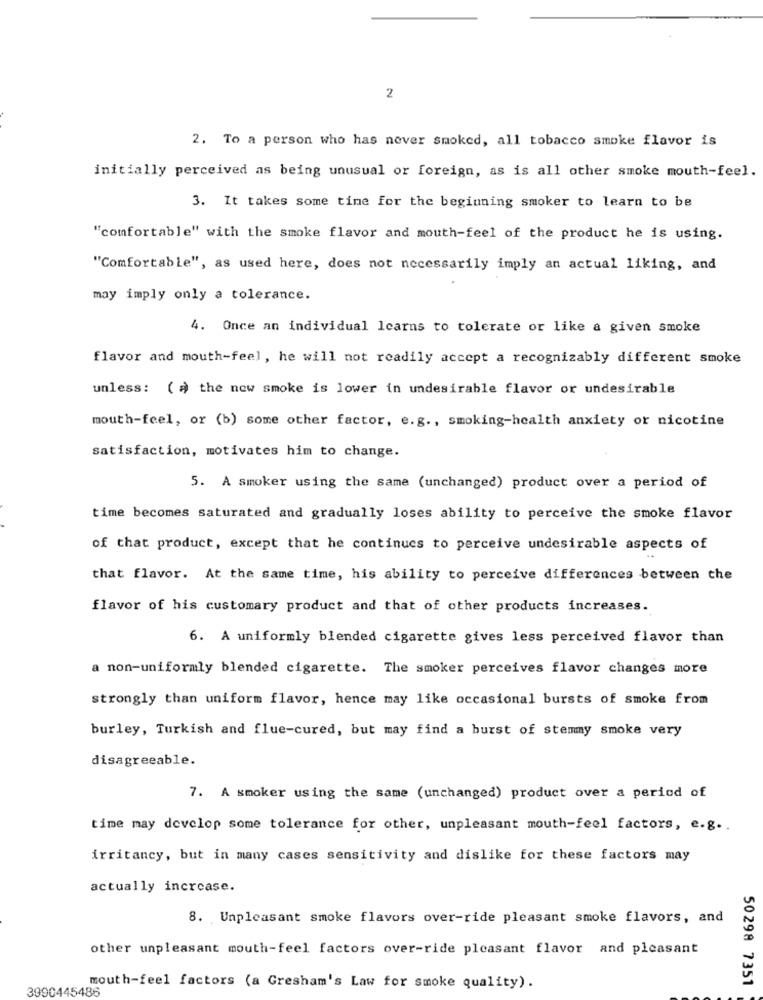
2
2. To a person who has never smoked, all tobacco smoke flavor is
initially perceived as being unusual or foreign, as is all other smoke mouth-feel.
3. It takes some time for the beginning smoker to learn to be
"comfortable" with the smoke flavor and mouth-feel of the product he is using.
"Comfortable", as used here, does not necessarily imply an actual liking, and
may imply only a tolerance.
4. Once an individual learns to tolerate or like a given smoke
flavor and mouth-feel, he will not readily accept a recognizably different smoke
unless: (a) the new smoke is lower in undesirable flavor or undesirable
mouth-feel, or (b) some other factor, e. g ., smoking-health anxiety or nicotine
satisfaction, motivates him to change.
5. A smoker using the same (unchanged) product over a period of
time becomes saturated and gradually loses ability to perceive the smoke flavor
of that product, except that he continues to perceive undesirable aspects of
that flavor. At the same time, his ability to perceive differences between the
flavor of his customary product and that of other products increases.
6. A uniformly blended cigarette gives less perceived flavor than
a non-uniformly blended cigarette. The smoker perceives flavor changes more
strongly than uniform flavor, hence may like occasional bursts of smoke from
burley, Turkish and flue-cured, but may find a burst of stemmy smoke very
disagreeable.
7. A smoker using the same (unchanged) product over a period of
time may develop some tolerance for other, unpleasant mouth-feel factors, e.g ..
irritancy, but in many cases sensitivity and dislike for these factors may
actually increase.
8. Unpleasant smoke flavors over-ride pleasant smoke flavors, and
other unpleasant mouth-feel factors over-ride pleasant flavor and pleasant
3990445486
mouth-feel factors (a Gresham's Law for smoke quality).
50298 7351